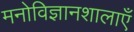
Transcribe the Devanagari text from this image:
मनोविज्ञानशालाएँ